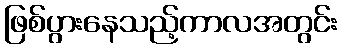
ဖြစ်ပွားနေသည့်ကာလအတွင်း